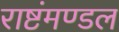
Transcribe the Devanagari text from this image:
राष्टंमण्डल